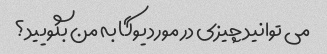
می توانید چیزی در مورد یوگا به من بگویید؟